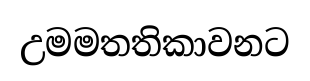
උමමතතිකාවනට